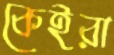
কেইরা